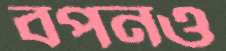
বপনও